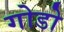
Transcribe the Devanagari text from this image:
गोडो